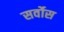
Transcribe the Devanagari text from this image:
सर्वोस